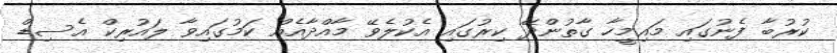
ކުރުބާ ފެނުގައި މައިމީހާ ގާތުންދޭ ކިރުގައި އެކުލެވޭ މާއްދާއެއް ކަމުގައިވާ ލައުރިކް އެސިޑް